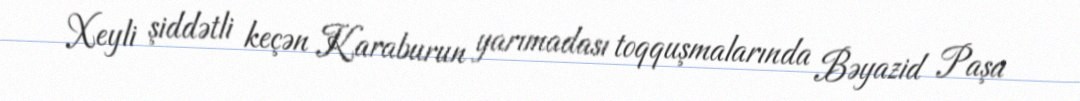
Xeyli şiddətli keçən Karaburun yarımadası toqquşmalarında Bəyazid Paşa